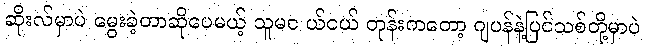
ဆိုးလ်မှာပဲ မွေးခဲ့တာဆိုပေမယ့် သူမင ယ်ငယ် တုန်းကတော့ ဂျပန်နဲ့ပြင်သစ်တို့မှာပဲ